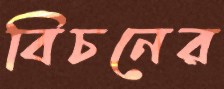
বিচনের